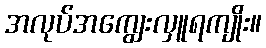
အလုပ်အကျွေးလှူရကျိုး။